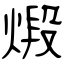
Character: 煅